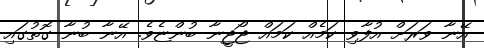
އޭނާ ވަރަށް އުފާވި ކަމެއް ކަމައް ޖޯޖީނާ ބުންޏެވެ. އޭނާ ބުނާ ގޮތުގައި